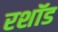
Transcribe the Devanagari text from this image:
रशॉड